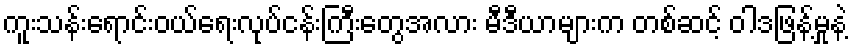
ကူးသန်းရောင်းဝယ်ရေးလုပ်ငန်းကြီးတွေအလား မီဒီယာများက တစ်ဆင့် ဝါဒဖြန့်မှုနဲ့